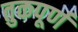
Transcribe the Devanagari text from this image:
तुकपूर्ण